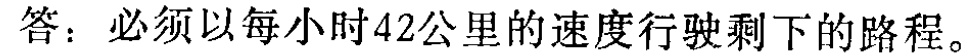
答：必须以每小时42公里的速度行驶剩下的路程。